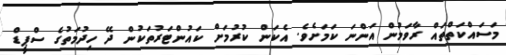
މަަސައްކަތްތައް ރާވަމުން އަންނަ ކަމަށެވެ. އެކަން ކުރުމަށް ކައުންޓަރުތަކުން ދޭ ހިދުމަތުގެ ސްޕީޑް